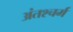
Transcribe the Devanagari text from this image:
अंतश्चर्म